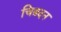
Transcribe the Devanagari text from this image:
चित्रदन